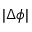
| \Delta \phi |